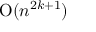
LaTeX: { \mathrm { O } } ( n ^ { 2 k + 1 } )